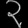
Digit: ၃